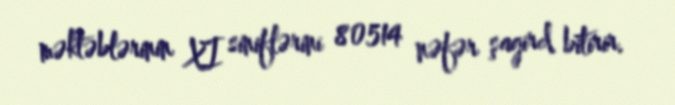
məktəblərinin XI siniflərini 80514 nəfər şagird bitirir.